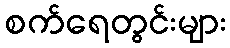
စက်ရေတွင်းများ